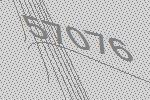
57076